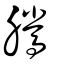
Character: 騰